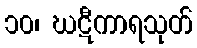
၁၀၊ ဃဋီကာရသုတ်